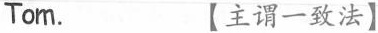
Tom. 【主谓一致法】